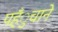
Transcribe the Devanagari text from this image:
पहँुचाने